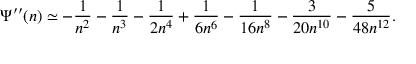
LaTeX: \Psi ^ { \prime \prime } ( n ) \simeq - \frac { 1 } { n ^ { 2 } } - \frac { 1 } { n ^ { 3 } } - \frac { 1 } { 2 n ^ { 4 } } + \frac { 1 } { 6 n ^ { 6 } } - \frac { 1 } { 1 6 n ^ { 8 } } - \frac { 3 } { 2 0 n ^ { 1 0 } } - \frac { 5 } { 4 8 n ^ { 1 2 } } .